Supplement to the account of plague administration in the Bombay Presidency from September 1896 till May 1897
Year: 1896
Disease focus: Plague
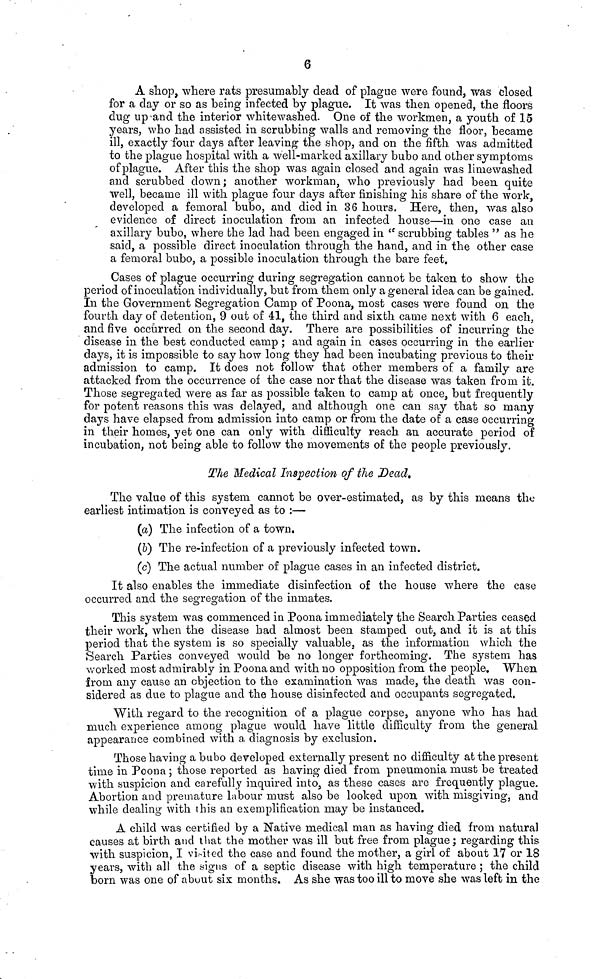
6
A shop, where rats presumably dead of plague were found, was closed
for a day or so as being infected by plague. It was then opened, the floors
dug up and the interior whitewashed. One of the workmen, a youth of 15
years, who had assisted in scrubbing walls and removing the floor, became
ill, exactly four days after leaving the shop, and on the fifth was admitted
to the plague hospital with a well-marked axillary bubo and other symptoms
of plague. After this the shop was again closed and again was limewashed
and scrubbed down; another workman, who previously had been quite
well, became ill with plague four days after finishing his share of the work,
developed a femoral bubo, and died in 36 hours. Here, then, was also
evidence of direct inoculation from an infected house—in one case an
axillary bubo, where the lad had been engaged in " scrubbing tables " as he
said, a possible direct inoculation through the hand, and in the other case
a femoral bubo, a possible inoculation through the bare feet.
Cases of plague occurring during segregation cannot be taken to show the
period of inoculation individually, but from them only a general idea can be gained.
In the Government Segregation Camp of Poona, most cases were found on the
fourth day of detention, 9 out of 41, the third and sixth came next with 6 each,
and five occurred on the second day. There are possibilities of incurring the
disease in the best conducted camp ; and again in cases occurring in the earlier
days, it is impossible to say how long they had been incubating previous to their
admission to camp. It does not follow that other members of a family are
attacked from the occurrence of the case nor that the disease was taken from it.
Those segregated were as far as possible taken to camp at once, but frequently
for potent reasons this was delayed, and although one can say that so many
days have elapsed from admission into camp or from the date of a case occurring
in their homes, yet one can only with difficulty reach an accurate period of
incubation, not being able to follow the movements of the people previously.
The Medical Inspection of the Dead.
The value of this system cannot be over-estimated, as by this means the
earliest intimation is conveyed as to :—
(a) The infection of a town.
(b) The re-infection of a previously infected town.
(c) The actual number of plague cases in an infected district.
It also enables the immediate disinfection of the house where the case
occurred and the segregation of the inmates.
This system was commenced in Poona immediately the Search Parties ceased
their work, when the disease had almost been stamped out, and it is at this
period that the system is so specially valuable, as the information which the
Search Parties conveyed would be no longer forthcoming. The system has
worked most admirably in Poona and with no opposition from the people. When
from any cause an objection to the examination was made, the death was con-
sidered as due to plague and the house disinfected and occupants segregated,
With regard to the recognition of a plague corpse, anyone who has had
much experience among plague would have little difficulty from the general
appearance combined with a diagnosis by exclusion.
Those having a bubo developed externally present no difficulty at the present
time in Poona ; those reported as having died from pneumonia must be treated
with suspicion and carefully inquired into, as these cases are frequently plague.
Abortion and premature labour must also be looked upon with misgiving, and
while dealing with this an exemplification may be instanced.
A child was certified by a Native medical man as having died from natural
causes at birth and that the mother was ill but free from plague ; regarding this
with suspicion, I visited the case and found the mother, a girl of about 17 or 18
years, with all the signs of a septic disease with high temperature ; the child
born was one of about six months. As she was too ill to move she was left in the